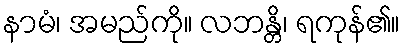
နာမံ၊ အမည်ကို။ လဘန္တိ၊ ရကုန်၏။